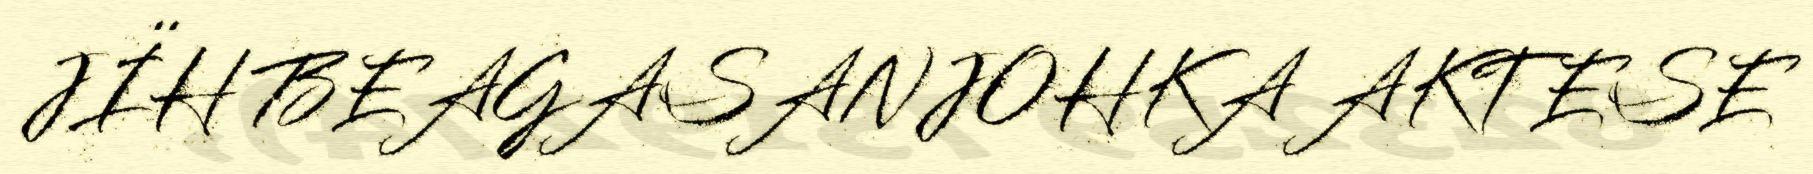
JÏH BEAGASANJOHKA AKTESE